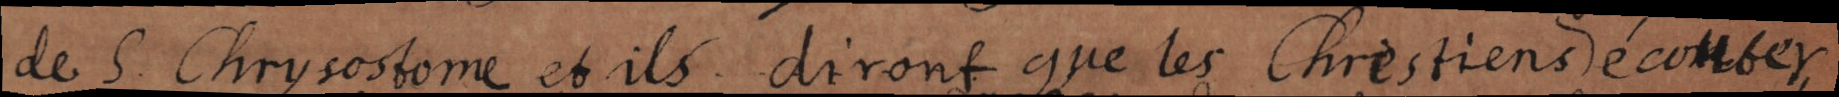
de S. Chrysostome et ils diront que les Chrestiens écouter,